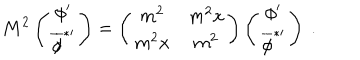
M ^ { 2 } \left( \begin{matrix} { { \phi ^ { \prime } } } \\ { { { \overline { { { \phi } } } } ^ { * \prime } } } \\ \end{matrix} \right) = \left( \begin{matrix} { { m ^ { 2 } } } & { { m ^ { 2 } x } } \\ { { m ^ { 2 } x } } & { { m ^ { 2 } } } \\ \end{matrix} \right) \left( \begin{matrix} { { \phi ^ { \prime } } } \\ { { { \overline { { { \phi } } } } ^ { * \prime } } } \\ \end{matrix} \right) \ .